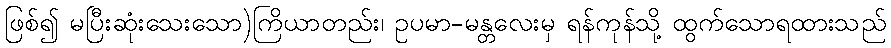
ဖြစ်၍ မပြီးဆုံးသေးသော)ကြိယာတည်း၊ ဥပမာ-မန္တလေးမှ ရန်ကုန်သို့ ထွက်သောရထားသည်